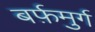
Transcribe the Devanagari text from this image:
बर्फ़मुर्ग